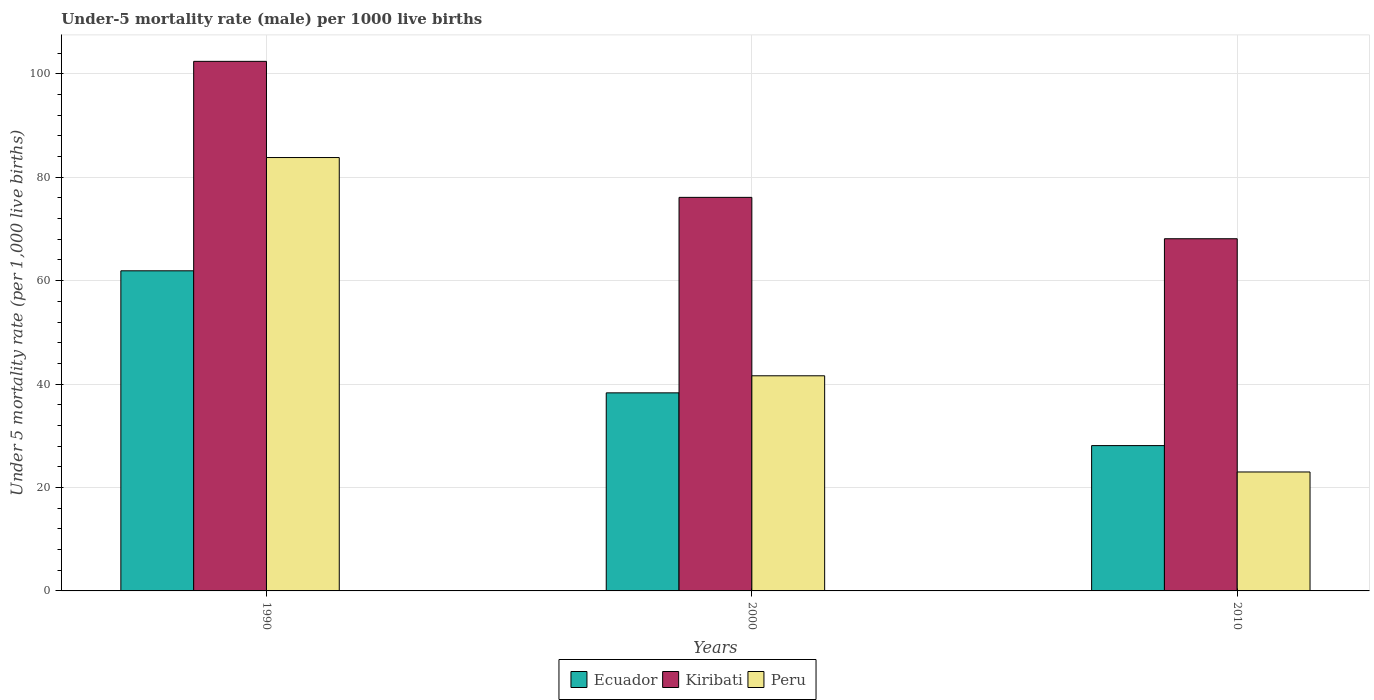
| Years | Ecuador | Kiribati | Peru |
 | --- | --- | --- | --- |
 | 1990 | 61.9 | 102 | 83.8 |
 | 2000 | 38.3 | 76.1 | 41.6 |
 | 2010 | 28.1 | 68.1 | 23 |